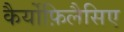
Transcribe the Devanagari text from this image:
कैर्योफ़िलैसिए